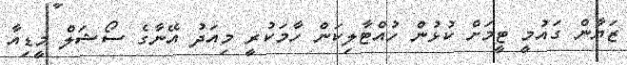
ޒަޔާން ގައުމީ ޓީމަށް ކުޅުން ހުއްޓާލިކަން ހާމަކުރީ މިއަދު އޭނާގެ ސޯޝަލް މީޑިއާ